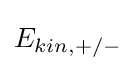
E_{kin,+/-}